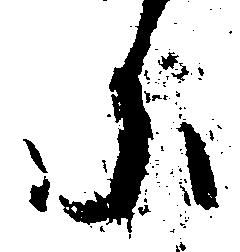
に